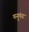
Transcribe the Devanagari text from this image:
मनुमंय